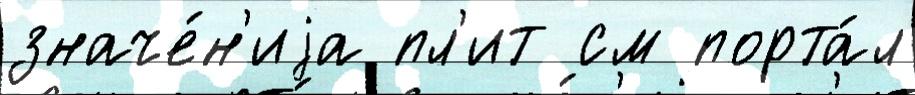
значе́н'иjа пл'ит см порта́л